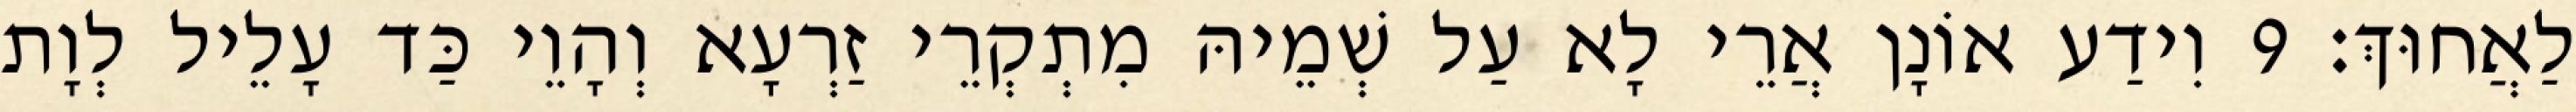
לַאֲחוּךְ׃ 9 וִידַע אוֹנָן אֲרֵי לָא עַל שְׁמֵיהּ מִתְקְרֵי זַרְעָא וְהָוֵי כַּד עָלֵיל לְוָת